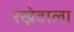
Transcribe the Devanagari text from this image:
रख्नेवाला